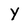
Character: Y